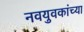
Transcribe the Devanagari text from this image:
नवयुवकांच्या